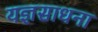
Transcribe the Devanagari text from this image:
यज्ञसाधना